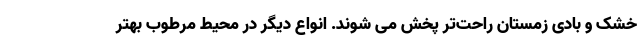
خشک و بادی زمستان راحت‌تر پخش می شوند. انواع دیگر در محیط مرطوب بهتر